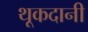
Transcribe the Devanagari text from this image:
थूकदानी